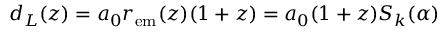
d _ { L } ( z ) = a _ { 0 } r _ { \mathrm { e m } } ( z ) ( 1 + z ) = a _ { 0 } ( 1 + z ) S _ { k } ( \alpha )